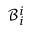
\mathcal B _ { i } ^ { i }